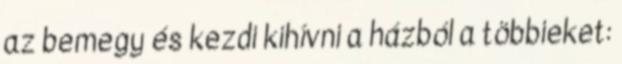
az bemegy és kezdi kihívni a házból a többieket: